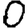
Digit: 0